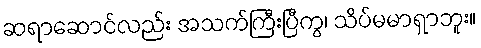
ဆရာဆောင်လည်း အသက်ကြီးပြီကွ၊ သိပ်မမာရှာဘူး။